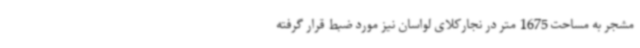
مشجر به مساحت 1675 متر در نجارکلای لواسان نیز مورد ضبط قرار گرفته